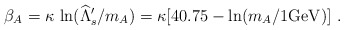
\begin{align*}\beta_A = \kappa\, \ln (\widehat \Lambda'_s/m_A) = \kappa [40.75 - \ln (m_A/1\rm {GeV})]\ . \end{align*}